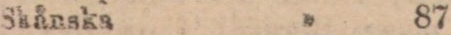
Shånska ” 87 — —